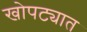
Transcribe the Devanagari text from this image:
खोपट्यात